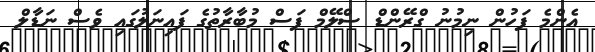
އެންމެ ފަހުން ނިމުނު ގްރޭންޑް ސްލޭމް ފަސް މުބާރާތުގެ ފައިނަލުގައި ވެސް ނަޑާލް